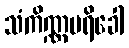
သံကိဏ္ဏပရိခေါ